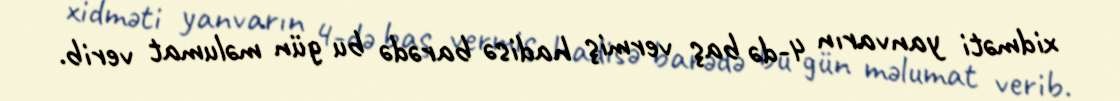
xidməti yanvarın 4-də baş vermiş hadisə barədə bu gün məlumat verib.